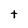
Character: t